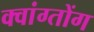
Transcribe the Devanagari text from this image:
क्वांग्तोंग